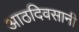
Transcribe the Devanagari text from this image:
आठदिवसानी